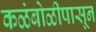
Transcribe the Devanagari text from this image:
कळंबोळीपासून